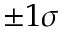
\pm 1 \sigma